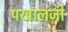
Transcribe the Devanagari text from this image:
पखालजी